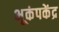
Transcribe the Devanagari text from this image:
भूकंपकेंद्र